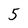
Character: 5